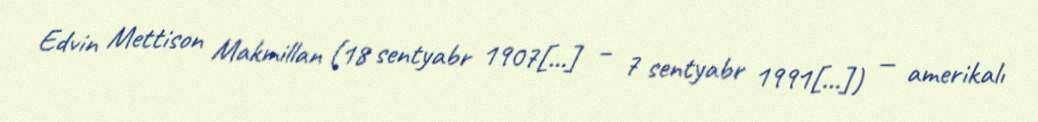
Edvin Mettison Makmillan (18 sentyabr 1907[…] – 7 sentyabr 1991[…]) — amerikalı